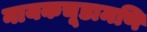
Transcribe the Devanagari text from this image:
नायकचूडामणि